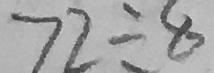
7 2 \div 8